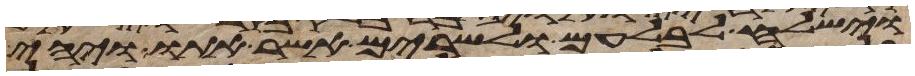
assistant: וישלח לבלעם ולשרים אשר אתו ויהי